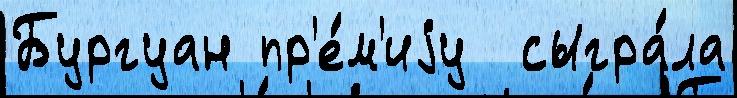
Бургуан пр'е́м'иjу  сыгра́ла